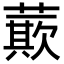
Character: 𮑡